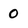
Character: 0